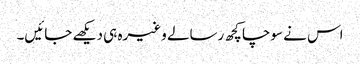
اس نے سوچا کچھ رسالے وغیرہ ہی دیکھے جائیں۔